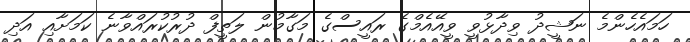
ހަމައެހެންމެ ނަޝީދު ވިދާޅުވީ ވީއޭއެމްގެ ރައީސްގެ މަގާމުން ލަތީފް ދުރުކުރައްވާނެ ކަމަށާއި އަދި